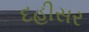
દહીસર